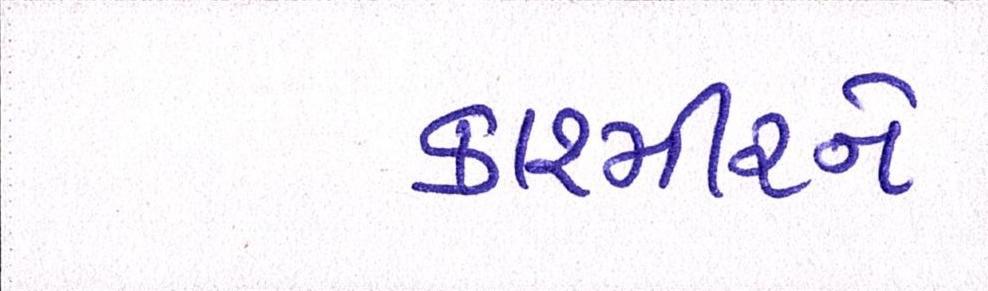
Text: કાશ્મીરને